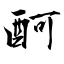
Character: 酠